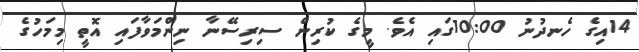
14އިގެ ހެނދުނު 10:00ގައި އެވެ. މީގެ ކުރިން ސިރިސޭނާ ނިންމަވާފައި އޮތީ މިމަހުގެ